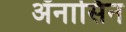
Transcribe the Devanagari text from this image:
ॲनासिन